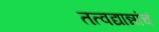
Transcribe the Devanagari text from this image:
तत्वद्यान्नांचं